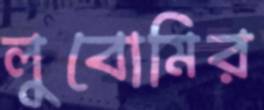
লুবোমির